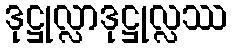
ဒုဋ္ဌုလ္လာဒုဋ္ဌုလ္လဿ